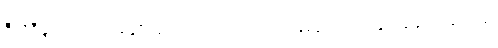
ဒီလိုဒီမျှ အခက်အခဲမျိုး ခက်သောအခါ၊ ဘယ်နေရာ ဘယ်ဌာနတွင်မှ မကြုံဘူးခဲ့၊